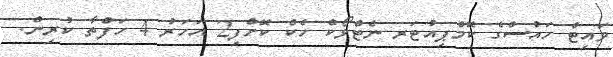
ވައިޓް ހައުސްގެ ކޮމްޕިއުޓަރ ނެޓްވޯކް ހެކް ކޮށްފި2 އަހަރު 4 ހަފްތާ ކުރިން.